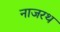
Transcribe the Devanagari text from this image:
नाजरथ